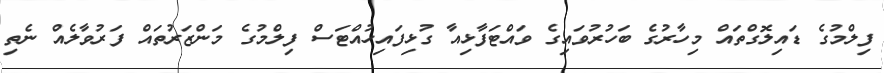
ފިލްމުގެ ޑައިލޮގްތައް މިހާރުގެ ބަހުރުވައިގެ ވައްޓަފާޅިއާ ގުޅިފައިހުއްޓަސް ފިލްމުގެ މަންޒަރުތައް ފަރުވާލެއް ނެތި